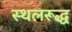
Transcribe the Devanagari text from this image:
स्थलरूद्ध